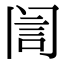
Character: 訚